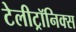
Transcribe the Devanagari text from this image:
टेलीट्रॉनिक्स